Leaving Certificate Examination (including Day School Certificate (Higher) General paper), 1933
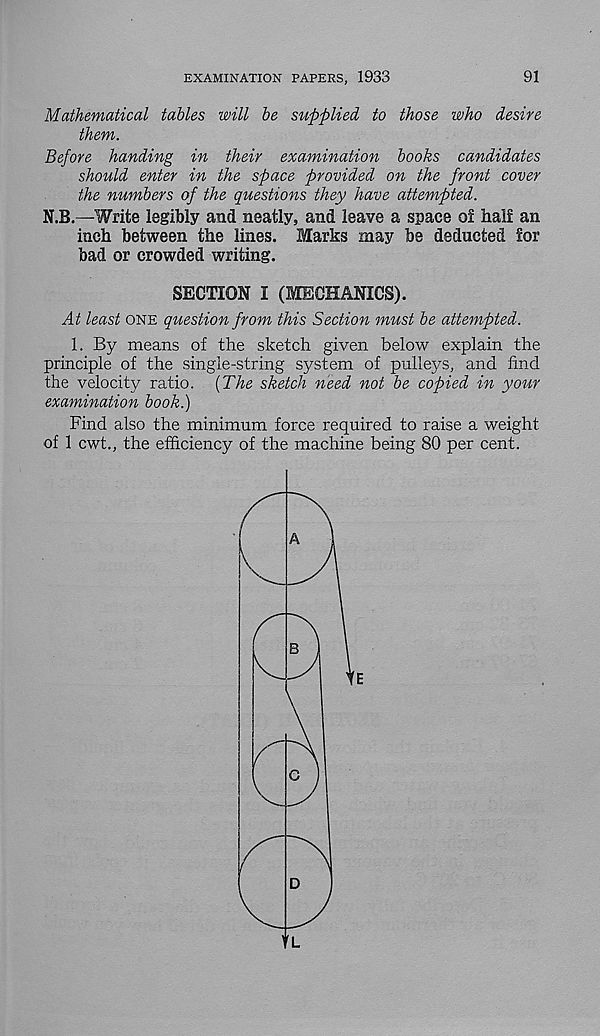
EXAMINATION PAPERS, 1933
91
Mathematical tables will be supplied to those who desire
them.
Before handing in their examination books candidates
should enter in the space provided on the front cover
the numbers of the questions they have attempted.
N.B.—Write legibly and neatly, and leave a space of half an
inch between the lines. Marks may be deducted for
bad or crowded writing.
SECTION I (MECHANICS).
At least one question from this Section must be attempted.
1. By means of the sketch given below explain the
principle of the single-string system of pulleys, and find
the velocity ratio. [The sketch need not be copied in your
examination book.)
Find also the minimum force required to raise a weight,
of 1 cwt., the efficiency of the machine being 80 per cent.
E
TL